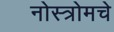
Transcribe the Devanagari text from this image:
नोस्त्रोमचे